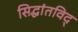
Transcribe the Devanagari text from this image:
सिद्धांतविद्